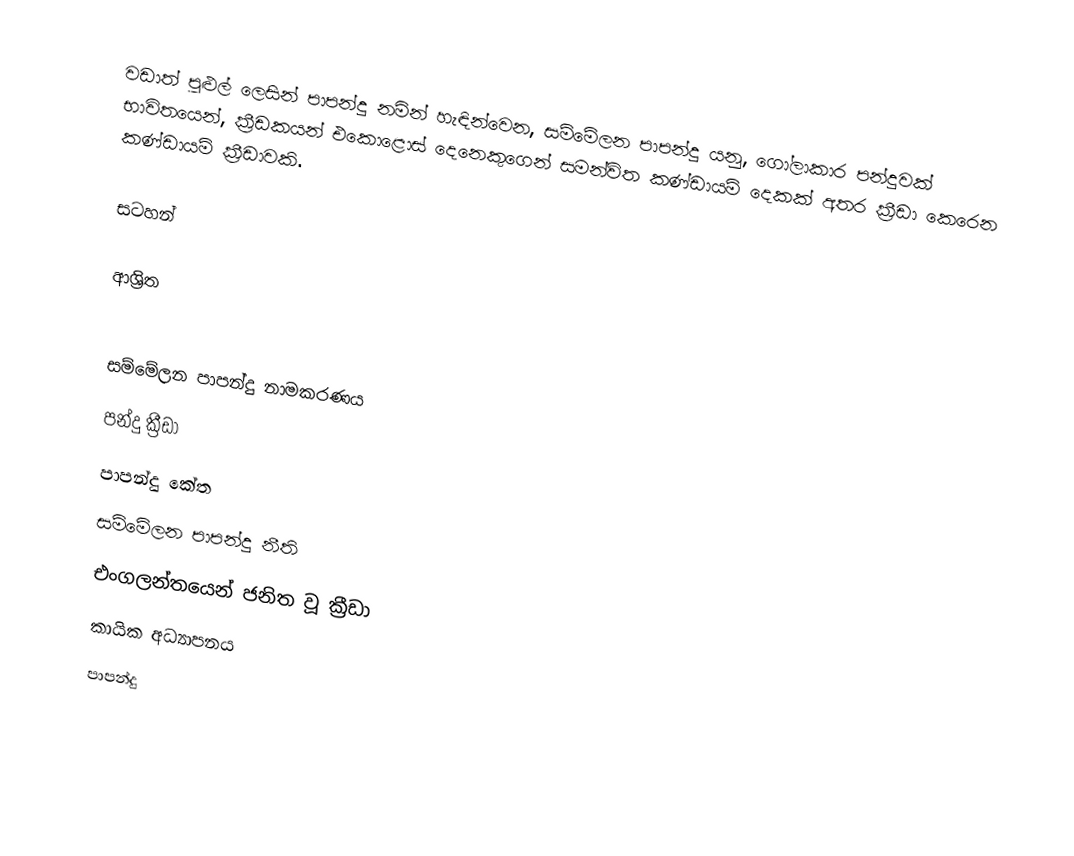
වඩාත් පුළුල් ලෙසින් පාපන්දු නමින් හැඳින්වෙන,  සම්මේලන පාපන්දු යනු,  ගෝලාකාර පන්දුවක් භාවිතයෙන්,  ක්‍රීඩකයන් එකොළොස් දෙනෙකුගෙන් සමන්විත කණ්ඩායම් දෙකක් අතර ක්‍රීඩා කෙරෙන  කණ්ඩායම් ක්‍රීඩාවකි.

සටහන්

ආශ්‍රිත

සම්මේලන පාපන්දු  නාමකරණය
පන්දු ක්‍රීඩා
පාපන්දු කේත
සම්මේලන පාපන්දු නීති
එංගලන්තයෙන් ජනිත වූ ක්‍රීඩා
 කායික අධ්‍යාපනය
පාපන්දු